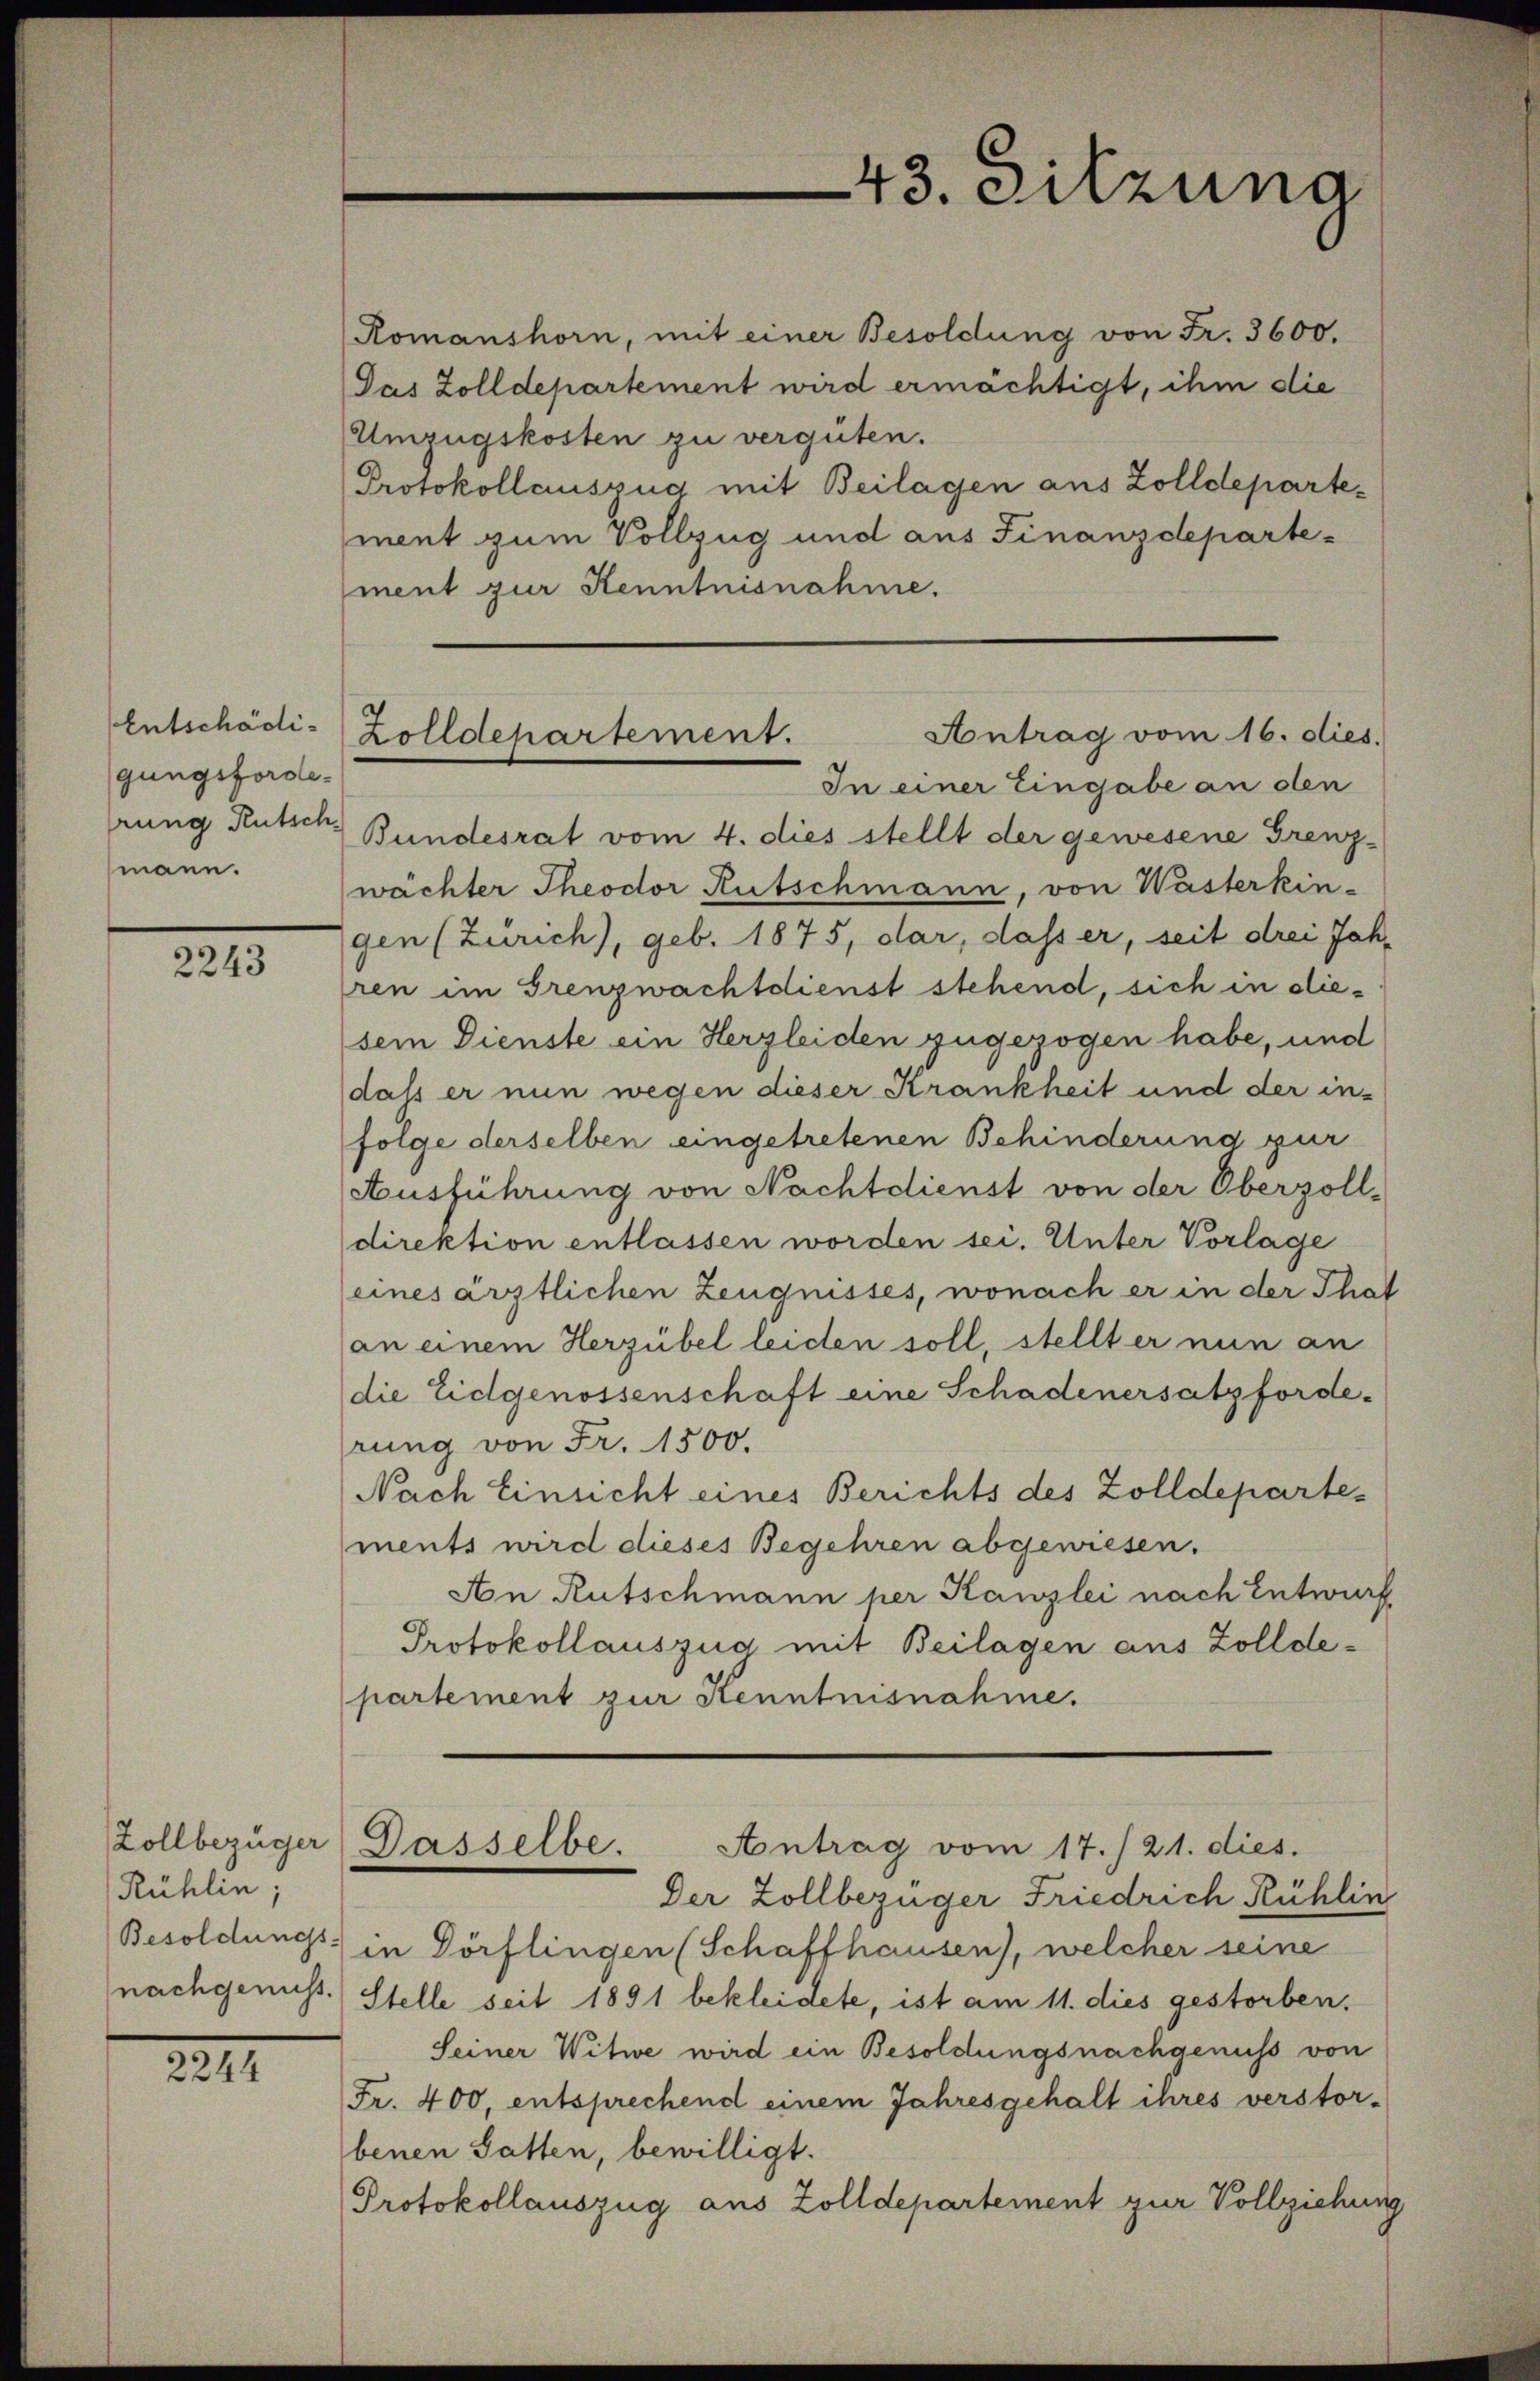
Entschädigungsforderung Rutsch
mann.

2243

Zollbezüger
Rühlin
Besoldungs-
nachgenicht.

2244

Romanshorn, mit einer Besoldung von Fr. 3600.
Jas Zolldepartement wird ermächtigt, ihm die
Umzugskosten zu verguten.
Protokollauszug mit Beilagen aus Zolldepartement zum Vollzug und aus Finanzdepartement zur Kenntnisnahme.
Bundesrat vom 4. dies stellt der gewesene Grenz-
wächter Theodor Rutschmann, von Wasterkin-
gen (Zürich), geb. 1875, dar, dass er, seit drei Jahren im Grenzwachtdienst stehend, sich in diesein Dienste ein Herzleiden zugezogen habe, und
dass er nun wegen dieser Krankheit und der in-
folge derselben eingetretenen Behinderung zur
Ausführung von Nachtdienst von der Oberzoll-
direktion entlassen worden sei. Unter Vorlage
eines ärztlichen Zeugnisses, wonach er in der That
an einem Herzübel leichen soll, stellt er nun an
die Eidgenossenschaft eine Schadenersatzforde-
rung von Fr. 1500.
Nach Einsicht eines Berichts des Zolldepartements wird dieses Begehren abgewiesen.
An Rutschmann per Kanzlei nach Entwurf
Protokollauszug mit Beilagen aus Zolldepartement zur Kenntnisnahme.
Dasselbe. Antrag vom 17./21. dies.
Der Zollbezüger Friedrich Rühlin
in Dörflingen (Schaffhausen), welcher seine
Stelle seit 1891 bekleidete, ist am 11. dies gestorben,
Seiner Witwe wird ein Besoldungsnachgenuss von
Fr. 400, entsprechend einem Jahresgehalt ihres verstor-
benen Gatten, bewilligt.
Protokollauszug aus Zolldepartement zur Vollziehung

43. Sitzung

Antrag vom 16. dies.
Zolldepartement.
In einer Eingabe an den